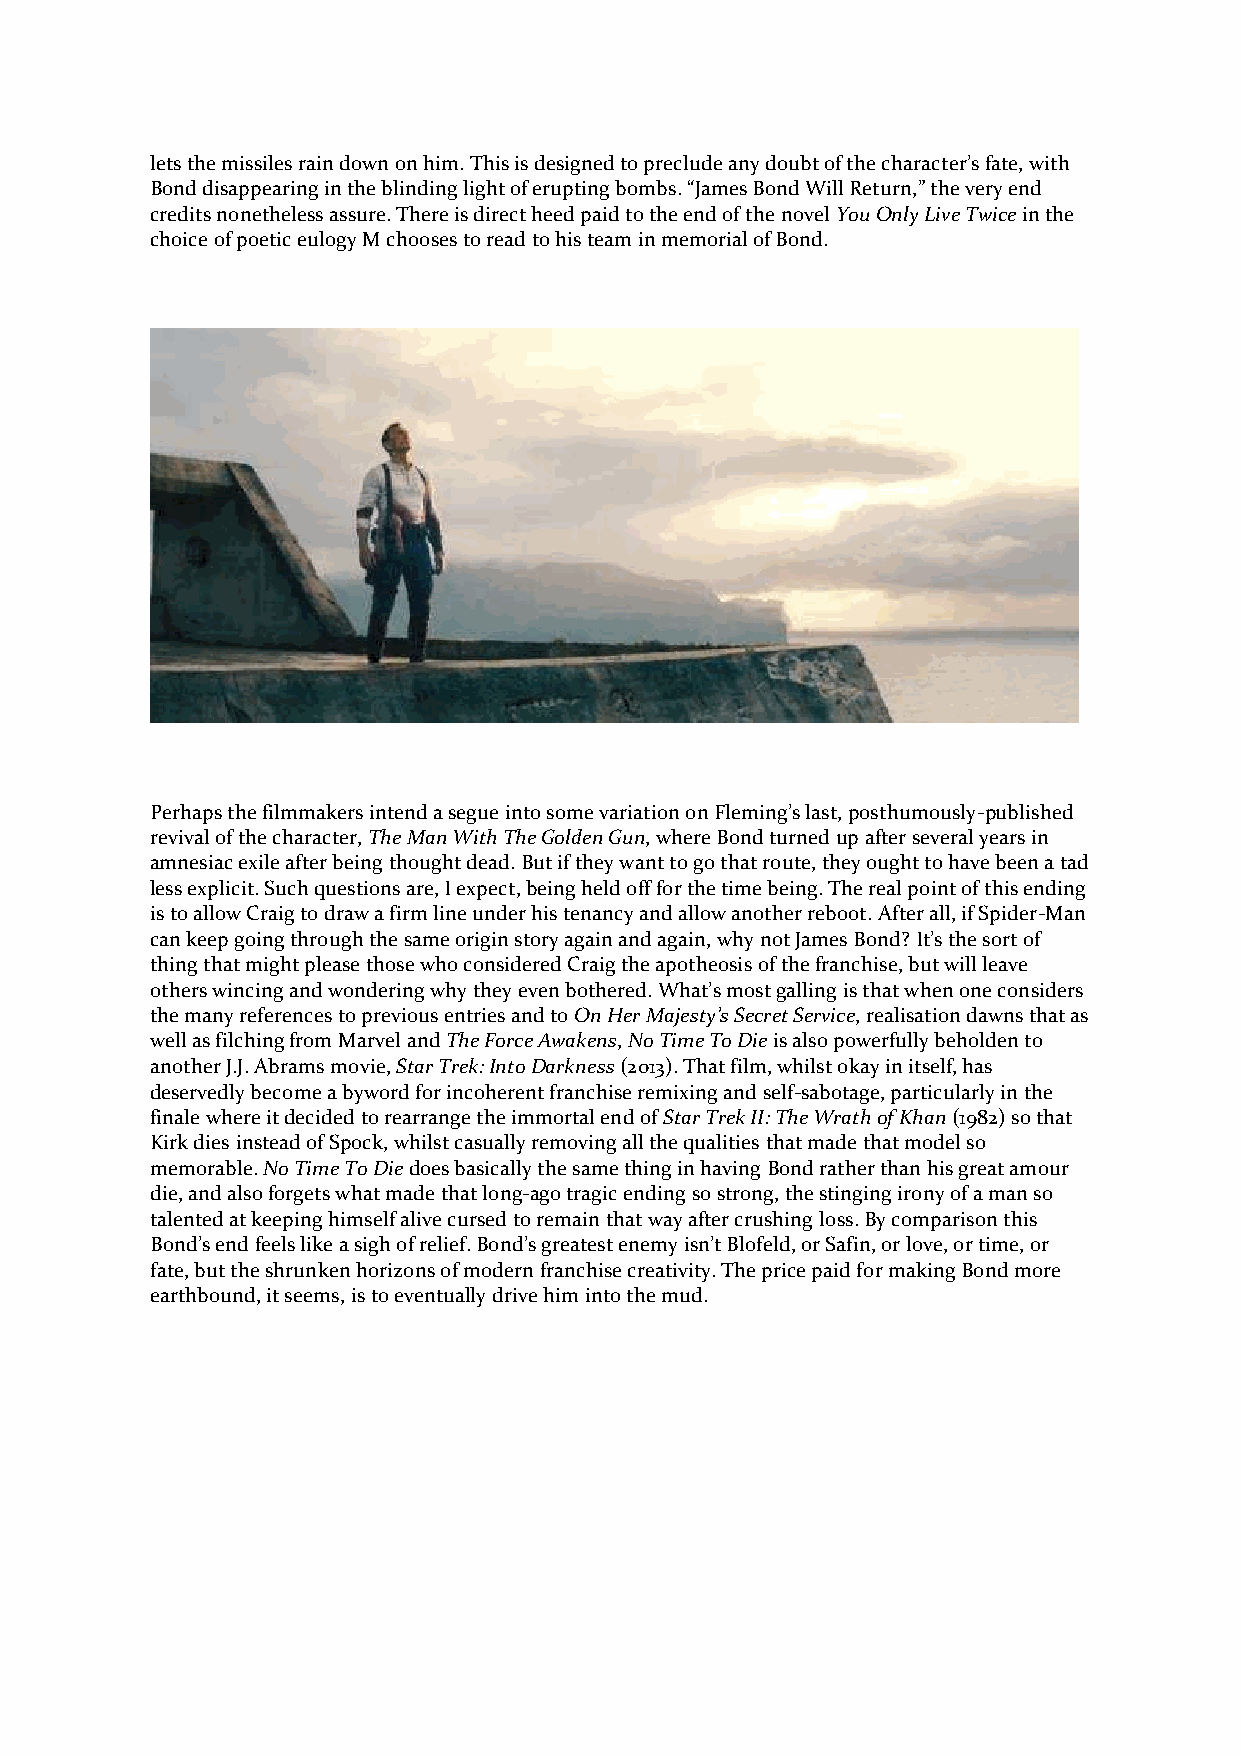
lets the missiles rain down on him. This is designed to preclude any doubt of the character’s fate, with
 Bond disappearing in the blinding light of erupting bombs. “James Bond Will Return,” the very end
 credits nonetheless assure. There is direct heed paid to the end of the novel You Only Live Twice in the
 choice of poetic eulogy M chooses to read to his team in memorial of Bond.
 Perhaps the filmmakers intend a segue into some variation on Fleming’s last, posthumously-published
 revival of the character, The Man With The Golden Gun, where Bond turned up after several years in
 amnesiac exile after being thought dead. But if they want to go that route, they ought to have been a tad
 less explicit. Such questions are, I expect, being held off for the time being. The real point of this ending
 is to allow Craig to draw a firm line under his tenancy and allow another reboot. After all, if Spider-Man
 can keep going through the same origin story again and again, why not James Bond? It’s the sort of
 thing that might please those who considered Craig the apotheosis of the franchise, but will leave
 others wincing and wondering why they even bothered. What’s most galling is that when one considers
 the many references to previous entries and to On Her Majesty’s Secret Service, realisation dawns that as
 well as filching from Marvel and The Force Awakens, No Time To Die is also powerfully beholden to
 another J.J. Abrams movie, Star Trek: Into Darkness (2013). That film, whilst okay in itself, has
 deservedly become a byword for incoherent franchise remixing and self-sabotage, particularly in the
 finale where it decided to rearrange the immortal end of Star Trek II: The Wrath of Khan (1982) so that
 Kirk dies instead of Spock, whilst casually removing all the qualities that made that model so
 memorable. No Time To Die does basically the same thing in having Bond rather than his great amour
 die, and also forgets what made that long-ago tragic ending so strong, the stinging irony of a man so
 talented at keeping himself alive cursed to remain that way after crushing loss. By comparison this
 Bond’s end feels like a sigh of relief. Bond’s greatest enemy isn’t Blofeld, or Safin, or love, or time, or
 fate, but the shrunken horizons of modern franchise creativity. The price paid for making Bond more
 earthbound, it seems, is to eventually drive him into the mud.